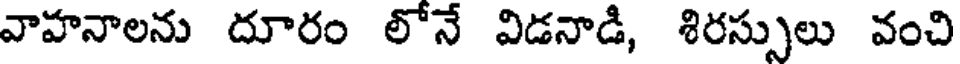
వాహనాలను దూరం లోనే విడనాడి, శిరస్సులు వంచి